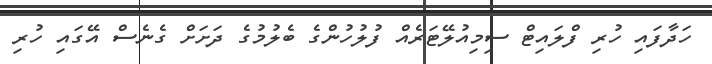
ހަދާފައި ހުރި ފްލައިޓް ސިމިއުލޭޓަރެއް ފުލުހުންގެ ބެލުމުގެ ދަށަށް ގެނެސް އޭގައި ހުރި